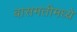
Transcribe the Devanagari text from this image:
बासमतीमध्ये